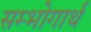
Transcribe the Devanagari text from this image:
सम्भोगार्थ